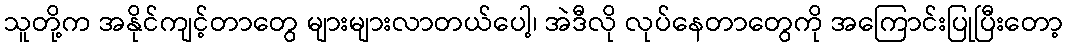
သူတို့က အနိုင်ကျင့်တာတွေ များများလာတယ်ပေါ့၊ အဲဒီလို လုပ်နေတာတွေကို အကြောင်းပြုပြီးတော့